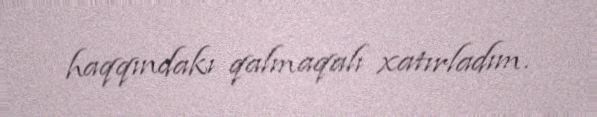
haqqındakı qalmaqalı xatırladım.